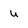
Character: u